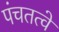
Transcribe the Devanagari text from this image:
पंचतत्वे